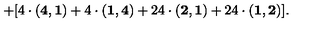
+ [ 4 \cdot { \bf ( 4 , 1 ) } + 4 \cdot { \bf ( 1 , 4 ) } + 2 4 \cdot { \bf ( 2 , 1 ) } + 2 4 \cdot { \bf ( 1 , 2 ) } ] .